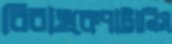
বিবাহকেপাট্টানিস